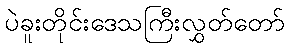
ပဲခူးတိုင်းဒေသကြီးလွှတ်တော်